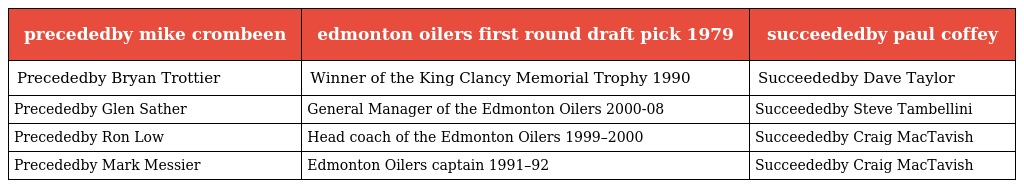
| precededby mike crombeen | edmonton oilers first round draft pick 1979 | succeededby paul coffey |
 | --- | --- | --- |
 | Precededby Bryan Trottier | Winner of the King Clancy Memorial Trophy 1990 | Succeededby Dave Taylor |
 | Precededby Glen Sather | General Manager of the Edmonton Oilers 2000-08 | Succeededby Steve Tambellini |
 | Precededby Ron Low | Head coach of the Edmonton Oilers 1999–2000 | Succeededby Craig MacTavish |
 | Precededby Mark Messier | Edmonton Oilers captain 1991–92 | Succeededby Craig MacTavish |